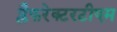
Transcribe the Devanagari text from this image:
प्लैफरेक्टरटीएम